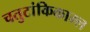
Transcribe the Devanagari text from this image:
चतुटांकिकाम्ल